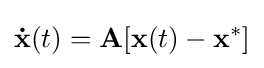
\mathbf {\dot {x}} (t)=\mathbf {A} [\mathbf {x} (t)-\mathbf {x} ^{*}]